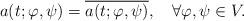
LaTeX: \begin{align*}a(t;\varphi,\psi)=\overline{a(t;\varphi,\psi)},\quad\forall\varphi,\psi\in V.\end{align*}